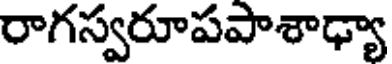
రాగస్వరూపపాశాఢ్యా